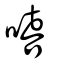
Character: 嘻